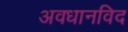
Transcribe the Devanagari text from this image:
अवधानविद